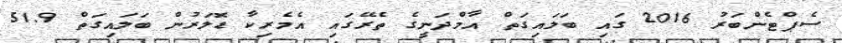
ސެޕްޓެންބަރު 2016 ގައި ބަލައިގަތް އާމްދަނީގެ ތެރޭގައި އެމެރިކާ ޑޮލަރުން ބަލައިގަތް 51.9